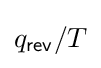
{\textstyle q_{\mathsf {rev}}/T}